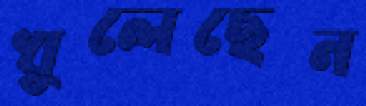
খুলেছেন